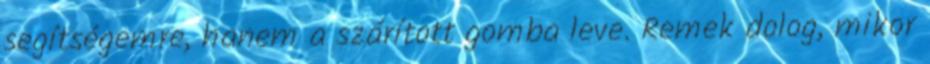
segítségemre, hanem a szárított gomba leve. Remek dolog, mikor